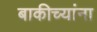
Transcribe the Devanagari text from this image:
बाकीच्यांना